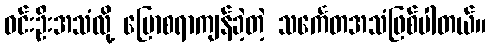
ဝင်းဦးအသံလို့ ပြောစရာကျန်ခဲ့တဲ့ သင်္ကေတအသံဖြစ်ပါတယ်။